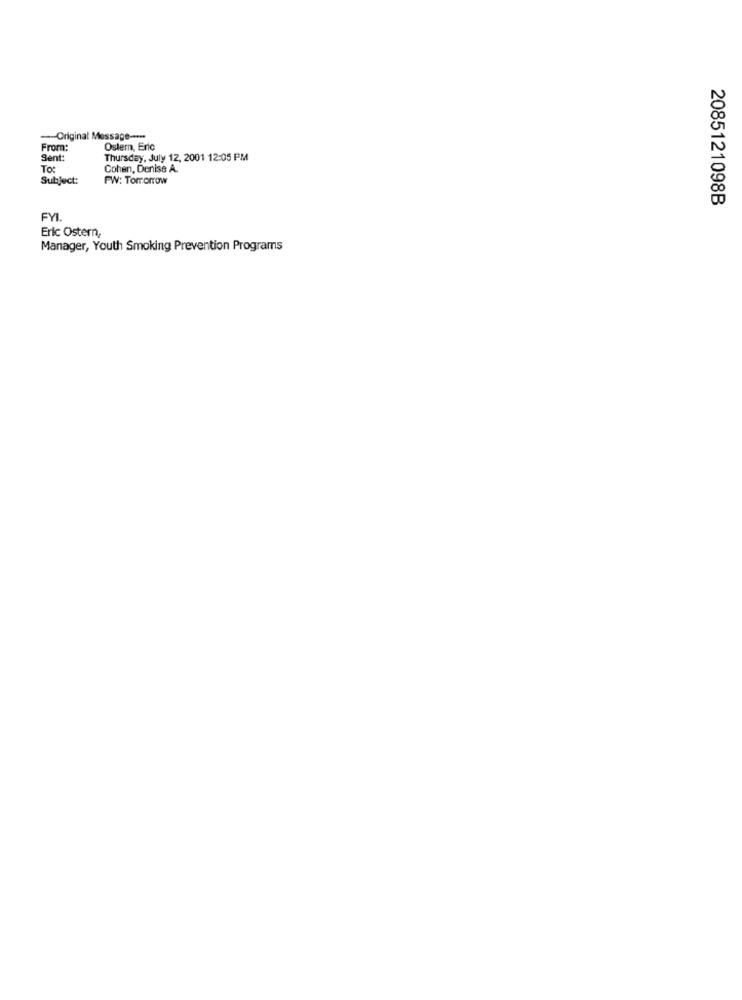
-Original Message ----
From:
Ostern, Eric
Sent:
Thursday, July 12, 2001 12:05 PM
To:
Cohen, Denise A.
Subject:
FW: Tomorrow
2085121098B
Eric Ostern,
Manager, Youth Smoking Prevention Programs